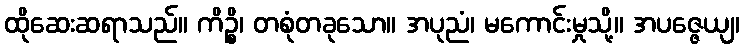
ထိုဆေးဆရာသည်။ ကိဉ္စိ၊ တစုံတခုသော။ အပုညံ၊ မကောင်းမှုသို့။ အပဇ္ဇေယျ၊